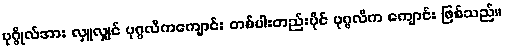
ပုဂ္ဂိုလ်အား လှူလျှင် ပုဂ္ဂလိကကျောင်း တစ်ပါးတည်းပိုင် ပုဂ္ဂလိက ကျောင်း ဖြစ်သည်။